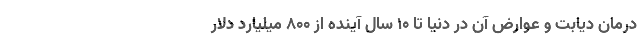
درمان دیابت و عوارض آن در دنیا تا ۱۰ سال آینده از ۸۰۰ میلیارد دلار